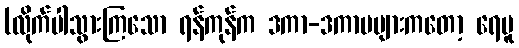
(လိုက်ပါသွားကြသော ရန်ကုန်က ဒကာ-ဒကာမများကတော့ ရေပူ